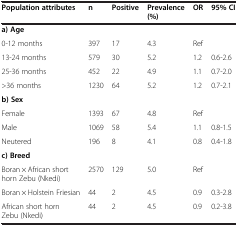
| Population attributes | n | Positive | Prevalence (%) | OR | 95% CI |
 | --- | --- | --- | --- | --- | --- |
 | a) Age |  |  |  |  |  |
 | 0-12 months | 397 | 17 | 4.3 | Ref |  |
 | 13-24 months | 579 | 30 | 5.2 | 1.2 | 0.6-2.6 |
 | 25-36 months | 452 | 22 | 4.9 | 1.1 | 0.7-2.0 |
 | >36 months | 1230 | 64 | 5.2 | 1.2 | 0.7-2.1 |
 | b) Sex |  |  |  |  |  |
 | Female | 1393 | 67 | 4.8 | Ref |  |
 | Male | 1069 | 58 | 5.4 | 1.1 | 0.8-1.5 |
 | Neutered | 196 | 8 | 4.1 | 0.8 | 0.4-1.8 |
 | c) Breed |  |  |  |  |  |
 | Boran × African short horn Zebu (Nkedi) | 2570 | 129 | 5.0 | Ref |  |
 | Boran × Holstein Friesian | 44 | 2 | 4.5 | 0.9 | 0.3-2.8 |
 | African short horn Zebu (Nkedi) | 44 | 2 | 4.5 | 0.9 | 0.2-3.8 |